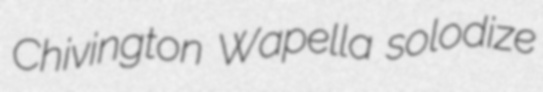
Chivington Wapella solodize